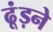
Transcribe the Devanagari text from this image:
ढूंड़ने